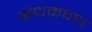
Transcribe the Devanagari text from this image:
अंधकवध